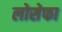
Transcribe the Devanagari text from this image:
लोसेफा